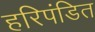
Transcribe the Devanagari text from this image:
हरिपंडित